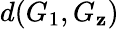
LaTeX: d(G_{1},G_{\mathbf{z}})